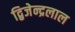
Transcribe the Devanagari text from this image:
द्बिजेन्द्रलाल